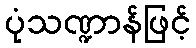
ပုံသဏ္ဍာန်ဖြင့်